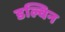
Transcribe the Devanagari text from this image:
डल्विन